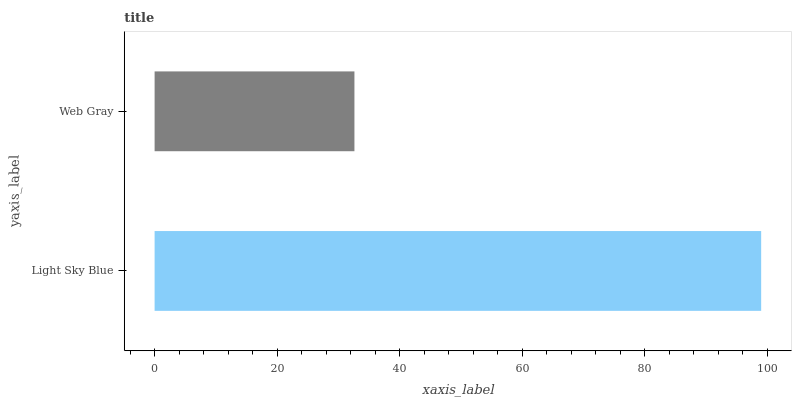
| yaxis_label | bars |
 | --- | --- |
 | Light Sky Blue | 99 |
 | Web Gray | 32.6 |